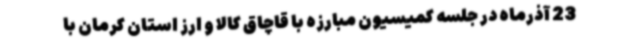
23 آذرماه در جلسه کمیسیون مبارزه با قاچاق کالا و ارز استان کرمان با